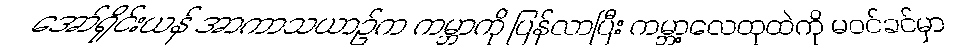
အော်ရိုင်းယန် အာကာသယာဉ်က ကမ္ဘာကို ပြန်လာပြီး ကမ္ဘာ့လေထုထဲကို မဝင်ခင်မှာ